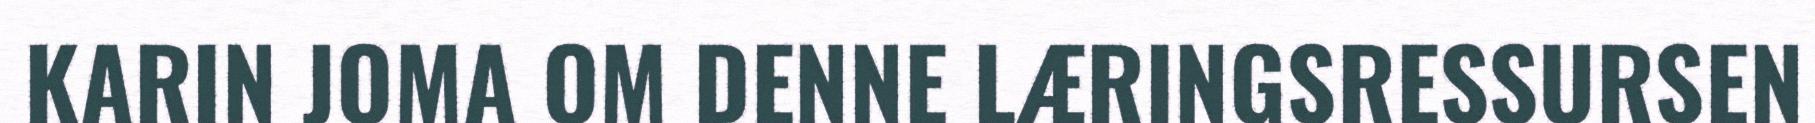
KARIN JOMA OM DENNE LÆRINGSRESSURSEN